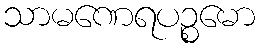
သာမဏေရပဉ္စမော